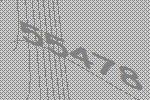
55478